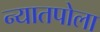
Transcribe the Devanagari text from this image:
न्यातपोला